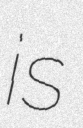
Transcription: is